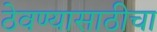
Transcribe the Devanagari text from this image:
ठेवण्यासाठीचा